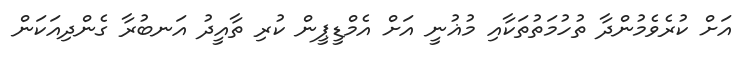
އަށް ކުރެވެމުންދާ ތުހުމަތުތަކާއި މުޣުނީ އަށް އެމްޑީޕީން ކުރި ތާއީދު އަނބުރާ ގެންދިއަކަން